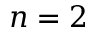
n = 2